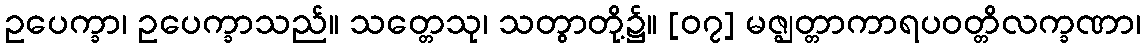
ဥပေက္ခာ၊ ဥပေက္ခာသည်။ သတ္တေသု၊ သတွာတို့၌။ [၀၇] မဇ္ဈတ္တာကာရပဝတ္တိလက္ခဏာ၊